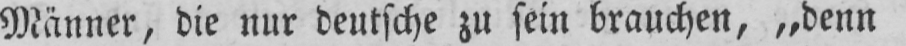
Männer, die nur deutsche zu sein brauchen, „denn